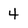
Character: 4